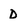
Character: D